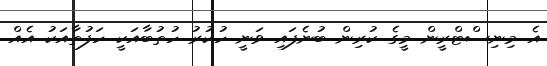
އެ މިނިސްޓްރީން މީގެ ކުރިން ބުނެފައި ވަނީ ހުކުރު ހުތުބާއަކީ ހަފުތާއަކު އެއް